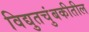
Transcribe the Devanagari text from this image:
विद्युतचुंबकीतील